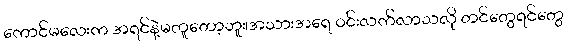
ကောင်မလေးက အရင်နဲ့မတူတော့ဘူး၊အသားအရေ ဝင်းလက်လာသလို တင်တွေရင်တွေ